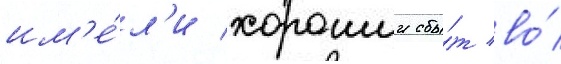
им'е́л'и хорошии сбы́т во́